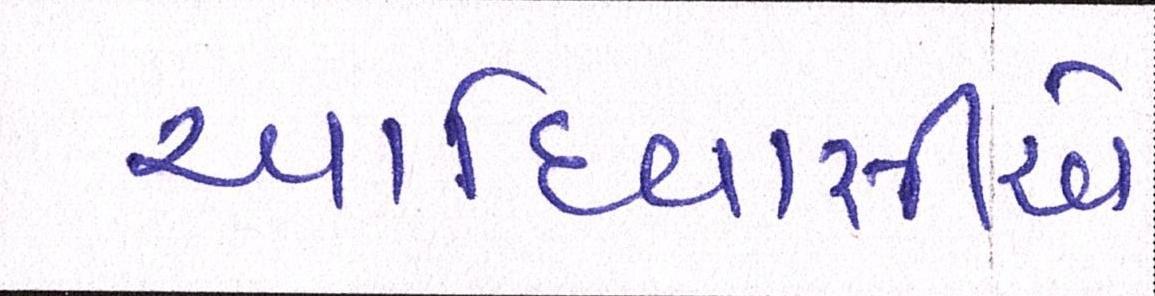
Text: આદિવાસીએ